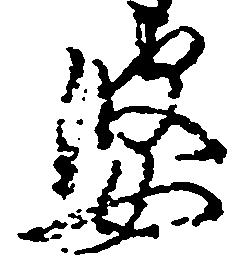
婆